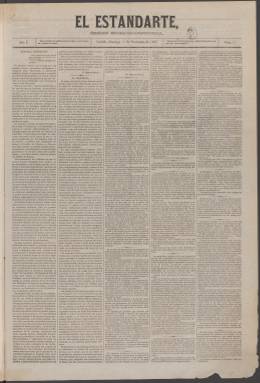
Título: El Estandarte (Madrid. 1868)
Colección: Periódicos
Ámbito geográfico: Madrid
Lugar de publicación: Madrid
Fechas: 01/11/1868-14/02/1869